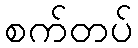
စက်တပ်